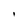
Character: I